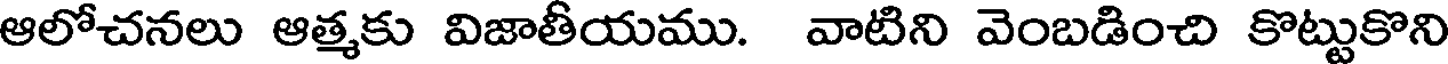
ఆలోచనలు ఆత్మకు విజాతీయము. వాటిని వెంబడించి కొట్టుకొని